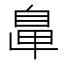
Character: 𦤓